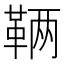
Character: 𬰥